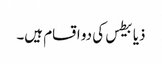
ذیابیطس کی دو اقسام ہیں۔